Civil Veterinary Department. Madras. Admin. report 1926-33 - 1926-1933
Year: 1926
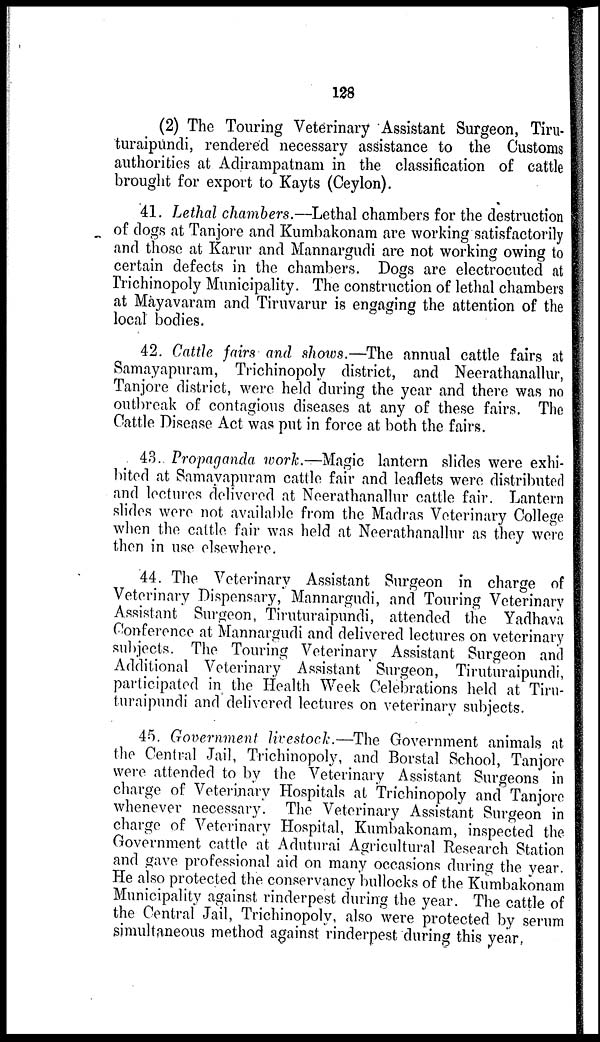
128
(2) The Touring Veterinary Assistant Surgeon, Tiru-
turaipundi, rendered necessary assistance to the Customs
authorities at Adirampatnam in the classification of cattle
brought for export to Kayts (Ceylon).
41. Lethal chambers.—Lethal chambers for the destruction
of dogs at Tanjore and Kumbakonam are working satisfactorily
and those at Karur and Mannargudi are not working owing to
certain defects in the chambers. Dogs are electrocuted at
Trichinopoly Municipality. The construction of lethal chambers
at Mayavaram and Tiruvarur is engaging the attention of the
local bodies.
42. Cattle fairs and shows.—The annual cattle fairs at
Samayapuram, Trichinopoly district, and Neerathanallur,
Tanjore district, were held during the year and there was no
outbreak of contagious diseases at any of these fairs. The
Cattle Disease Act was put in force at both the fairs.
43. Propaganda work.—Magic lantern slides were exhi-
bited at Samayapuram cattle fair and leaflets were distributed
and lectures delivered at Neerathanallur cattle fair. Lantern
slides were not available from the Madras Veterinary College
when the cattle fair was held at Neerathanallur as they were
then in use elsewhere.
44. The Veterinary Assistant Surgeon in charge of
Veterinary Dispensary, Mannargudi, and Touring Veterinary
Assistant Surgeon, Tiruturaipundi, attended the Yadhava
Conference at Mannargudi and delivered lectures on veterinary
subjects. The Touring Veterinary Assistant Surgeon and
Additional Veterinary Assistant Surgeon, Tiruturaipundi,
participated in the Health Week Celebrations held at Tiru-
turaipundi and delivered lectures on veterinary subjects.
45. Government livestock.—The Government animals at
the Central Jail, Trichinopoly, and Borstal School, Tanjore
were attended to by the Veterinary Assistant Surgeons in
charge of Veterinary Hospitals at Trichinopoly and Tanjore
whenever necessary. The Veterinary Assistant Surgeon in
charge of Veterinary Hospital, Kumbakonam, inspected the
Government cattle at Aduturai Agricultural Research Station
and gave professional aid on many occasions during the year.
He also protected the conservancy bullocks of the Kumbakonam
Municipality against rinderpest during the year. The cattle of
the Central Jail, Trichinopoly, also were protected by serum
simultaneous method against rinderpest during this year,